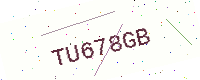
Text: TU678GB